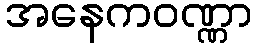
အနေကဝဏ္ဏာ